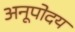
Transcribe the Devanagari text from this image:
अनूपोदय